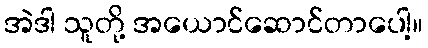
အဲဒါ သူတို့ အယောင်ဆောင်တာပေါ့။